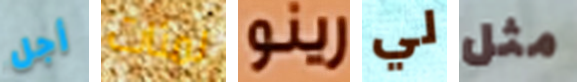
أجل لمئات رينو لي مثل